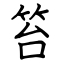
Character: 笞